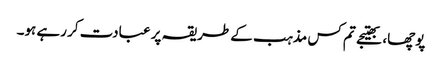
پوچھا، بھتیجے تم کس مذہب کے طریقہ پر عبادت کر رہے ہو۔